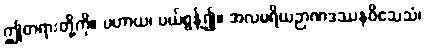
ဤတရားတို့ကို။ ပဟာယ၊ ပယ်စွန့်၍။ အလမရိယဉာဏဒဿနဝိသေသံ၊